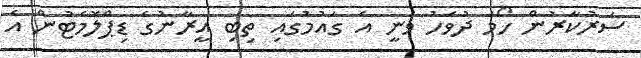
ސަރުކާރުން ހޯމަ ދުވަހު ވަނީ އެ ގައުމުގައި ތިބި އީރާނުގެ ޑިޕްލޮމެޓުން އެ